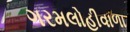
ગરમલોહીવાળા